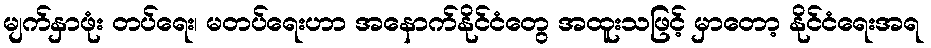
မျက်နှာဖုံး တပ်ရေး၊ မတပ်ရေးဟာ အနောက်နိုင်ငံတွေ အထူးသဖြင့် မှာတော့ နိုင်ငံရေးအရ